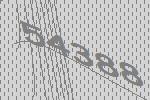
54388